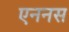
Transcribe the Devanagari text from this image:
एननस